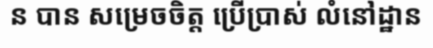
ន បាន សម្រេចចិត្ត ប្រើប្រាស់ លំនៅដ្ឋាន